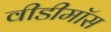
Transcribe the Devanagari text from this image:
वीडीमॉस